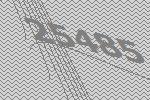
25485